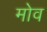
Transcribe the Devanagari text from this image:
मोव